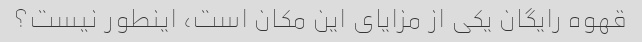
قهوه رایگان یکی از مزایای این مکان است، اینطور نیست؟